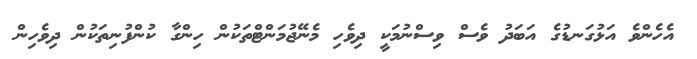
އެހެންވެ އަޅުގަނޑުގެ އަބަދު ވެސް ވިސްނުމަކީ ދިވެހި މެނޭޖުމަންޓްތަކުން ހިންގާ ކުންފުނިތަކުން ދިވެހިން